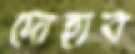
দোহাব